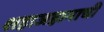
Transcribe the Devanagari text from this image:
शहाजहानाची